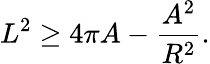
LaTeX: L^{2}\geq 4\pi A-{\frac{A^{2}}{R^{2}}}.